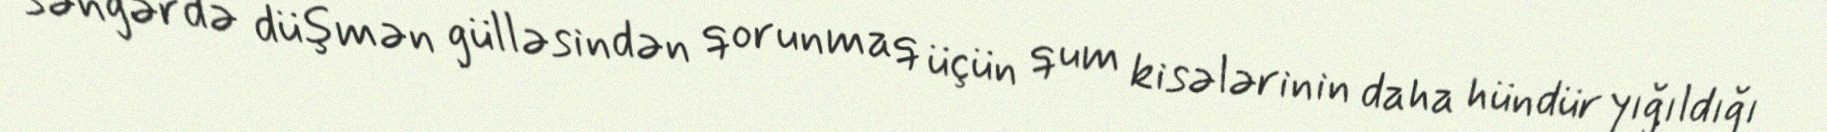
səngərdə düşmən gülləsindən qorunmaq üçün qum kisələrinin daha hündür yığıldığı